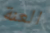
العنة